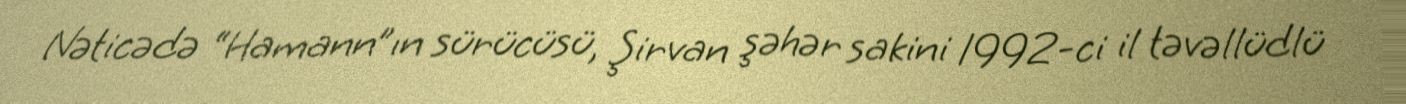
Nəticədə “Hamann”ın sürücüsü, Şirvan şəhər sakini 1992-ci il təvəllüdlü